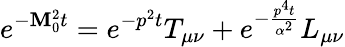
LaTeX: e^{-\mathbf{M}_{0}^{2}t}=e^{-p^{2}t}T_{\mu\nu}+e^{-\frac{{p^{4}t}}{{\alpha^{2}}}}L_{\mu\nu}